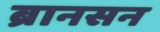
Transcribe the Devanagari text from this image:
ब्रानसन